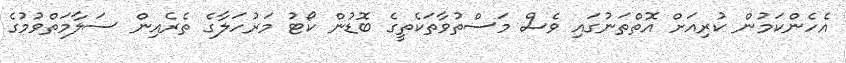
އެހެންކަމުން ކުރިއަށް އޮތްތަނުގައި ވެސް މަސްތުވާތަކެތީގެ ބޮޑުން ކޯޓު މަރުހަލާގެ ތެރެއިން ސަލާމަތްވުމުގެ